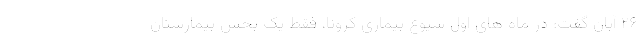
۲۶ آبان گفت: در ماه های اول شیوع بیماری کرونا، فقط یک بخش بیمارستان